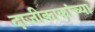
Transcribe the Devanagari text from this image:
दाजीकाकांच्या